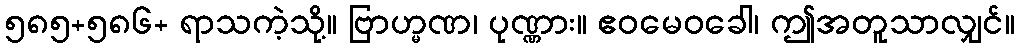
၅၈၅+၅၈၆+ ရာသကဲ့သို့။ ဗြာဟ္မဏ၊ ပုဏ္ဏား။ ဧဝမေဝခေါ၊ ဤအတူသာလျှင်။